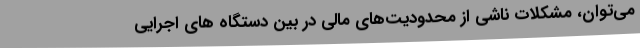
می‌توان، مشکلات ناشی از محدودیت‌های مالی در بین دستگاه های اجرایی